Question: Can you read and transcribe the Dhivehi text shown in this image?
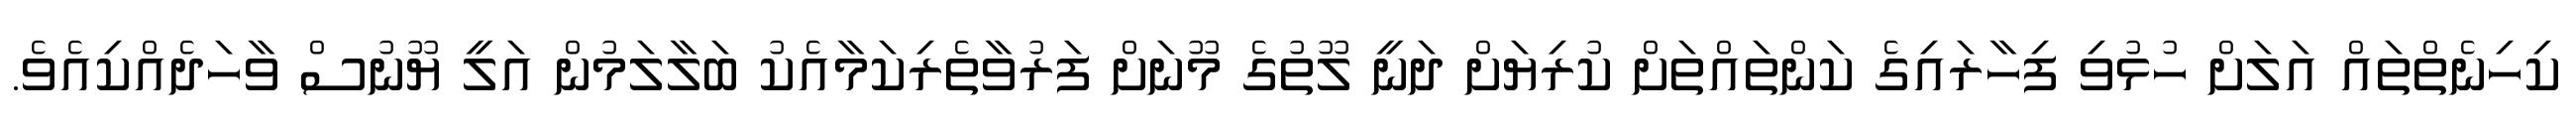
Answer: ކިހިނެތްތައް އަލަށް ހުޅުވި ފިހާރައިގެ ކަންތައްތަށް ކުރިޔަށް ދަނީ ލޫތުގެ މޫނަށް ފަރުވާތެރިކަމާއެކު ބަލާލަމުން އަލީ ޔޫނުސް ވާހަދެއްކިއެވެ.